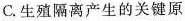
C.生殖隔离产生的关键原